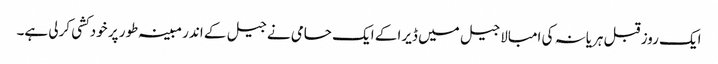
ایک روز قبل ہریانہ کی امبالا جیل میں ڈیرا کے ایک حامی نے جیل کے اندر مبینہ طور پر خودکشی کرلی ہے۔